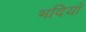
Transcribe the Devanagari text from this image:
भदियाँ